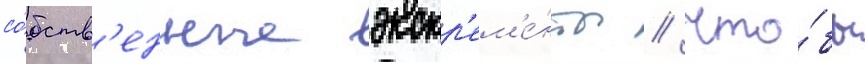
со́бств'енные экскр'ем'е́нты // Что́бы